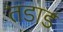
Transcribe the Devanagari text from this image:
तडाड